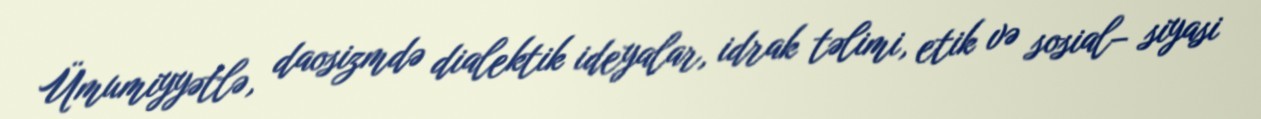
Ümumiyyətlə, daosizmdə dialektik ideyalar, idrak təlimi, etik və sosial– siyasi